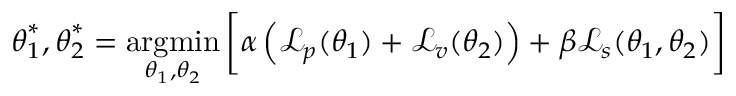
\boldsymbol { \theta } _ { 1 } ^ { * } , \boldsymbol { \theta } _ { 2 } ^ { * } = \operatorname * { a r g m i n } _ { \boldsymbol { \theta } _ { 1 } , \boldsymbol { \theta } _ { 2 } } \bigg [ \alpha \left( \mathcal { L } _ { p } ( \boldsymbol { \theta _ { 1 } } ) + \mathcal { L } _ { v } ( \boldsymbol { \theta _ { 2 } } ) \right) + \beta \mathcal { L } _ { s } ( \boldsymbol { \theta _ { 1 } } , \boldsymbol { \theta _ { 2 } } ) \bigg ]